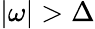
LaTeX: |\omega|>\Delta